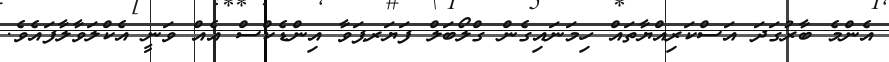
އެންމެ ބާރުގަދަ އަސްކަރިއްޔާތައް ހިމަނައިގެން ގްލޯބަލް ފަޔަރޕަވާ އިންޑެކްސް އެއް ވަނީ އެކްލަވާލާފައެވެ.